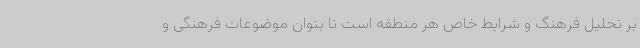
بر تحلیل فرهنگ و شرایط خاص هر منطقه است تا بتوان موضوعات فرهنگی و